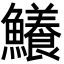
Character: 鱶